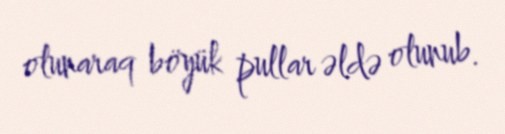
olunaraq böyük pullar əldə olunub.